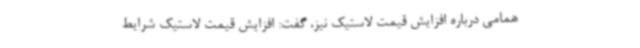
همامی درباره افزایش قیمت لاستیک نیز، گفت: افزایش قیمت لاستیک شرایط